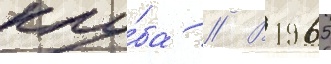
клу́ба // В 1965